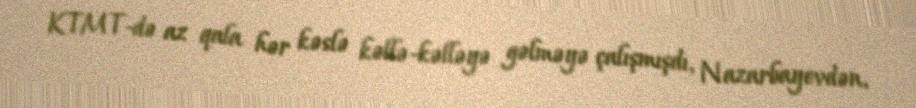
KTMT-də az qala hər kəslə kəllə-kəlləyə gəlməyə çalışmışdı, Nazarbayevdən,